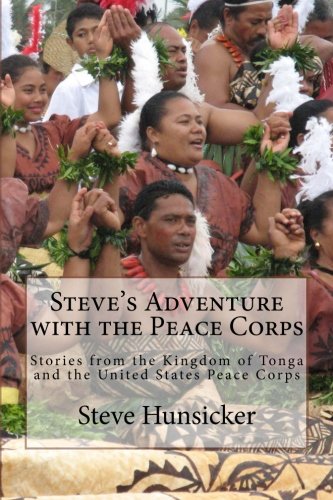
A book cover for Steve's Adventure with the Peace Corps: Stories from the Kingdom of Tonga and the United States Peace Corps; Steve Hunsicker; Travel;